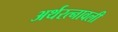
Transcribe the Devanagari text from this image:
अर्थरत्नावली